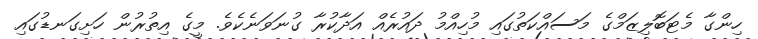
ހިންގާ މެޓަބޮލިޒަމްގެ މަސައްކަތުގައި މުހިއްމު ދައުރެއް އަދާކުރާ ގުނަވަނެކެވެ. މީގެ އިތުރުން ހަށިގަނޑުގައި